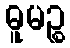
ဓူမဉ္စ